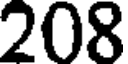
208